Civil Veterinary Dept. Bombay admin report 1923-31 - 1923-1931
Year: 1923
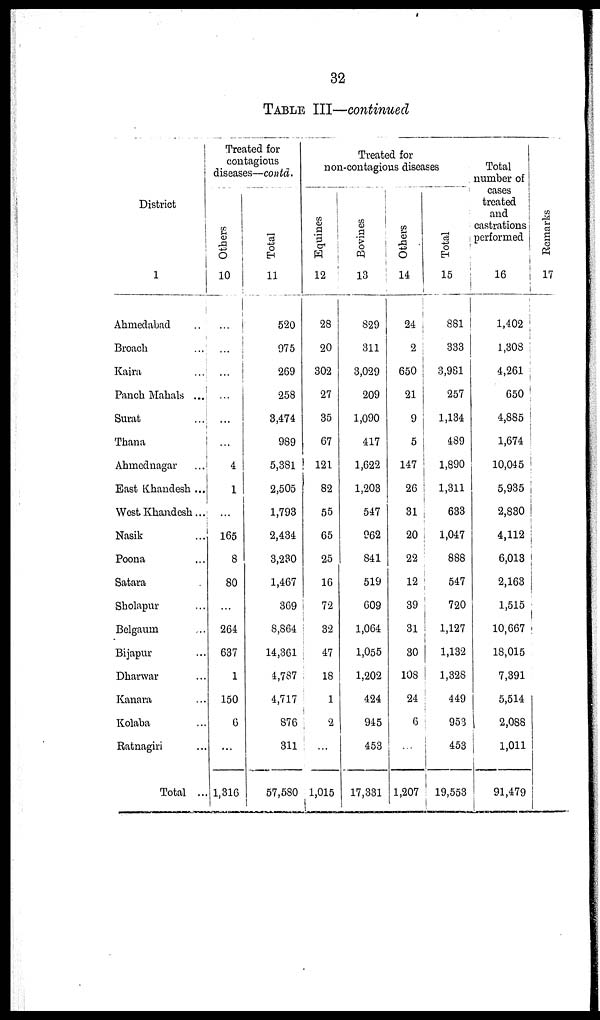
32
TABLE III—continued
District
1
Ahmedabad ..
Broach ...
Kaira ..
Panch Mahals ...
Surat ...
Thana ...
Ahmednagar ...
East Khandesh ...
West Khandesh ...
Nasik ...
Poona ...
Satara ...
Sholapur ...
Belgaum ...
Bijapur ...
Dharwar ...
Kanara ...
Kolaba ...
Ratnagiri ...
Total ...
Treated for
contagious
diseases—contd.
Others
10
...
...
...
...
...
...
4
1
...
165
8
80
...
264
637
1
150
6
...
1,316
Total
11
520
975
269
258
3,474
989
5,381
2,505
1,793
2,434
3,230
1,467
369
8,864
14,361
4,787
4,717
876
311
57,580
Treated for
non-contagious diseases
Equines
12
28
20
302
27
35
67
121
82
55
65
25
16
72
32
47
18
...
2
...
1,015
Bovines
13
829
311
3,029
209
1,090
417
1,622
1,203
547
962
841
519
609
1,064
1,055
1,202
424
945
453
17,331
Others
14
24
2
650
21
9
5
147
26
31
20
22
12
39
31
30
108
24
6
...
1,207
Total
15
881
333
3,981
257
1,134
489
1,890
1,311
633
1,047
888
547
720
1,127
1,132
1,828
449
953
453
19,553
Total
number of
cases
treated
and
castrations
performed
16
1,402
1,308
4,261
650
4,885
1,674
10,045
5,935
2,830
4,112
6,013
2,163
1,515
10,667
18,015
7,391
5,514
2,088
1,011
91,479
Remarks
17